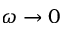
\omega \rightarrow 0